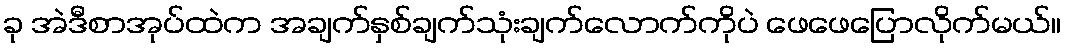
ခု အဲဒီစာအုပ်ထဲက အချက်နှစ်ချက်သုံးချက်လောက်ကိုပဲ ဖေဖေပြောလိုက်မယ်။